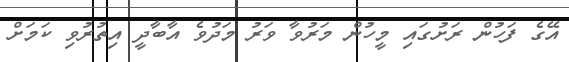
އޭގެ ފަހުން ރަށުގައި މީހުން މަރުވާ ވަރު މަދުވެ އާބާދީ އިތުރުވި ކަމަށް